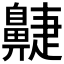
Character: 𪖮